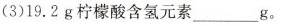
(3)19.2g柠檬酸含氢元素____g。